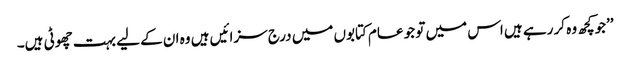
’’جوکچھ وہ کر رہے ہیں اس میں تو جو عام کتابوں میں درج سزائیں ہیں وہ ان کے لیے بہت چھوٹی ہیں۔